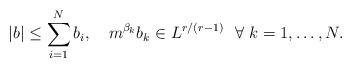
LaTeX: \begin{align*} |b| \leq \sum_{i=1}^N b_i, ~~~ m^{\beta_k}b_k \in L^{r/(r-1)} ~~ \forall ~k =1,\ldots,N. \end{align*}